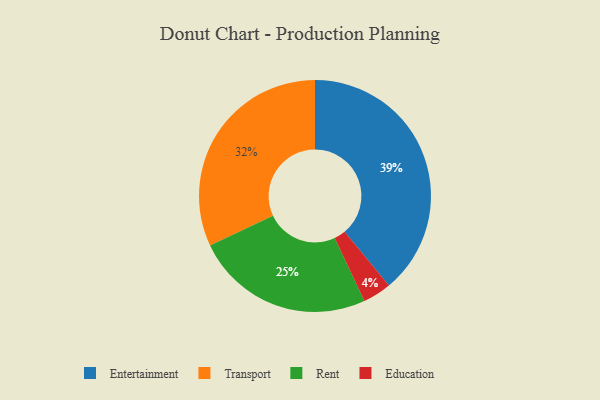
{"axis": {"x": "Category", "y": "Percentage"}, "legend": ["Education", "Entertainment", "Rent", "Transport"], "data": [{"x": "Entertainment", "y": 39, "type": "Entertainment"}, {"x": "Education", "y": 4, "type": "Education"}, {"x": "Rent", "y": 25, "type": "Rent"}, {"x": "Transport", "y": 32, "type": "Transport"}]}